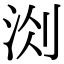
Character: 𭰐